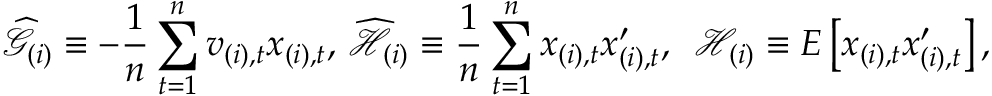
\widehat { \mathcal { G } } _ { ( i ) } \equiv - \frac { 1 } { n } \sum _ { t = 1 } ^ { n } v _ { ( i ) , t } x _ { ( i ) , t } \mathrm { , ~ } \widehat { \mathcal { H } } _ { ( i ) } \equiv \frac { 1 } { n } \sum _ { t = 1 } ^ { n } x _ { ( i ) , t } x _ { ( i ) , t } ^ { \prime } \mathrm { , ~ \ } \mathcal { H } _ { ( i ) } \equiv E \left[ x _ { ( i ) , t } x _ { ( i ) , t } ^ { \prime } \right] ,